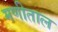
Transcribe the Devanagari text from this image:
मणीताल